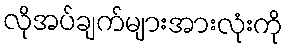
လိုအပ်ချက်များအားလုံးကို